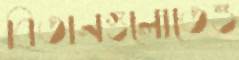
বিতানগুলোতেও